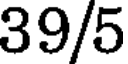
39/5